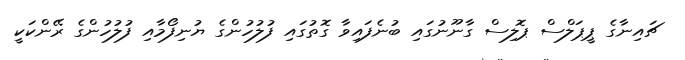
ޗައިނާގެ ޕީޕަލްސް ޕޮލިސް ގާނޫނުގައި ބުނެފައިވާ ގޮތުގައި ފުލުހުންގެ ޔުނިފޯމާއި ފުލުހުންގެ ރޭންކަކީ